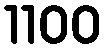
1100